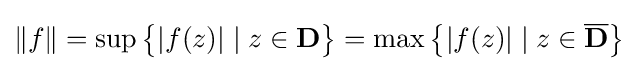
\|f\|=\sup {\big \{}|f(z)|\mid z\in \mathbf {D} {\big \}}=\max {\big \{}|f(z)|\mid z\in {\overline {\mathbf {D} }}{\big \}}